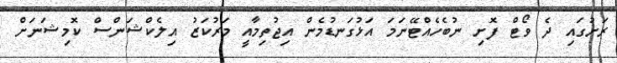
ރަށުގައި ދެ ވޯޓް ފޮށި ނުބެހެއްޓޭނަމަ އަޅުގަނޑުމެން އިޖުތިމާއީ މަރުކަޒު އިލެކްޝަންސް ކޮމިޝަނަށް